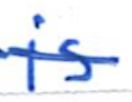
Text: is
Cross-out: single-line
Writing tool: ballpoint